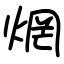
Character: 焹